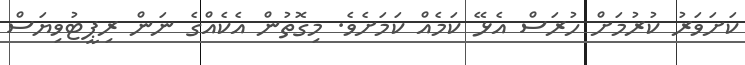
ކަށަވަރު ކުރުމަށް ހުރަސް އެޅޭ ކަމެއް ކަމަށެވެ. މިގޮތުން އެކެއްގެ ނަން ރިޕީޓުވިޔަސް